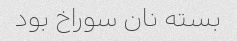
بسته نان سوراخ بود